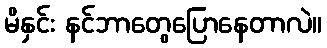
မိနှင်း နင်ဘာတွေပြောနေတာလဲ။